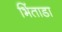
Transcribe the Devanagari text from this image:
भिंताडा